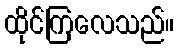
ထိုင်ကြလေသည်။